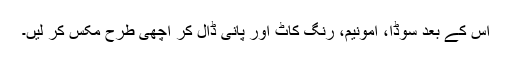
اس کے بعد سوڈا، امونیم، رنگ کاٹ اور پانی ڈال کر اچھی طرح مکس کر لیں۔